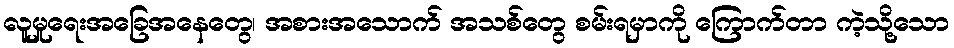
လူမှုရေးအခြေအနေတွေ၊ အစားအသောက် အသစ်တွေ စမ်းရမှာကို ကြောက်တာ ကဲ့သို့သော